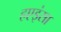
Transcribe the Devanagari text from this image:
हएइंसा